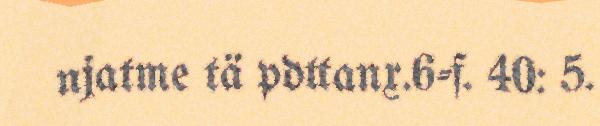
njatme tä pdttanx.6-f. 40: 5.